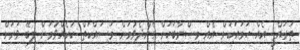
ތަރައްޤީ އެއް ހަމައަކަށް އެއް މިޞްރާބަކަށް ގެންދެވުމަށް މަސައްކަތް ކުރެއްވުމަށް ލިބޭ ވަރަށް